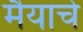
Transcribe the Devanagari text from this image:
मैयाचे